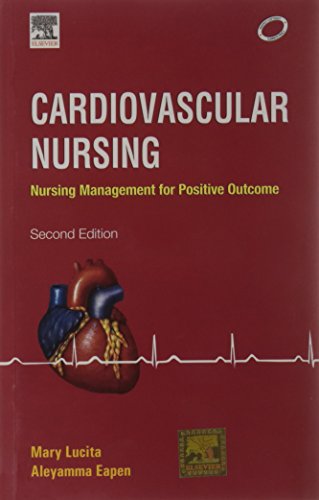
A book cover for Cardiovascular Nursing; Lucita; Medical Books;